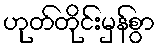
ဟုတ်တိုင်းမှန်စွာ